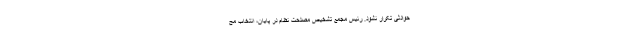
حوادثی تکرار نشود. رئیس مجمع تشخیص مصلحت نظام در پایان، انتخاب مح